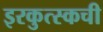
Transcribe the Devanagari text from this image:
इरकुत्स्कची